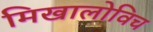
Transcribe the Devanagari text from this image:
मिखालोविच